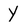
Character: Y